Lunatic asylums United Provinces 1909-1921 - 1909-1921
Year: 1909
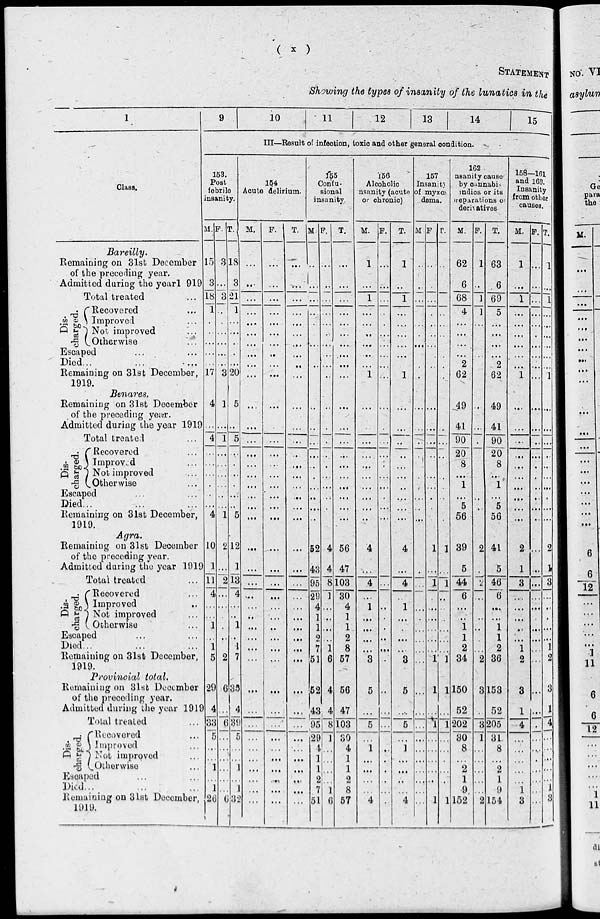
( x )
STATEMENT
Showing the types of insanity of the lunatics in the
1
Class.
Bareilly.
Remaining on 31st December
of the preceding year.
Admitted during the year l919
Total treated ...
Dis-
charged.
Recovered ...
Improved ...
Not improved ...
Otherwise ...
Escaped ... ...
Died ...
...
...
Remaining on 31st December,
1919.
Benares.
Remaining on 31st December
of the preceding year.
Admitted during the year 1919
Total treated ...
Dis-
charged.
Recovered ...
Improved ...
Not improved ...
Otherwise ...
Escaped ... ...
Died... ... ...
Remaining on 31st December,
1919.
Agra.
Remaining on 31st December
of the preceding year.
Admitted during the year 1919
Dis-
charged.
Total treated ...
Recovered ...
Improved ...
Not improved ...
Otherwise ...
Escaped ... ...
Died...
Remaining on 31st December,
1919.
Provincial total.
Remaining on 31st December
of the preceding year.
Admitted during the year 1919
Total treated ...
Dis¬
Charged.
Recovered ...
Improved ...
Not improved ...
Otherwise ...
Escaped ... ...
Died... ... ...
Remaining on 31st December,
1919.
9
10
11
12
13
14
15
III—Result of infection, toxic and other general condition.
153.
Post
febrile
insanity.
M.
15
3
18
1
...
...
...
...
...
17
4
...
4
...
...
...
...
...
...
4
10
1
11
4
...
...
1
...
1
5
29
4
33
5
...
...
1
...
1
26
F.
3
...
3
...
...
...
...
...
...
3
1
...
1
..
...
...
...
...
...
1
2
...
2
...
...
...
...
...
...
2
6
...
6
...
...
...
...
...
...
6
T.
18
3
21
1
...
...
...
...
...
20
5
...
5
...
...
...
...
...
...
5
12
1
13
4
...
..
1
...
1
7
35
4
39
5
...
...
1
...
1
32
154
Acute delirium.
M.
...
...
...
...
...
...
...
...
...
...
...
...
...
...
...
...
...
...
...
...
...
...
...
...
...
...
...
...
...
...
...
...
...
...
...
...
...
...
...
...
F.
...
...
...
...
...
...
...
...
...
...
...
...
...
...
...
...
...
...
...
...
...
...
...
...
...
...
...
...
...
...
...
...
...
...
...
...
...
...
...
...
T.
...
...
...
...
...
...
...
...
...
...
...
...
...
...
...
...
...
...
...
...
...
...
...
...
...
...
...
...
...
...
...
...
...
...
...
...
...
...
...
...
155
Confu¬
sional
insanity.
M.
...
...
...
...
...
...
...
...
...
...
...
...
...
...
...
...
...
...
...
...
52
43
95
29
4
1
1
2
7
51
52
43
95
29
...
1
1
2
7
51
F.
...
...
...
...
...
...
...
...
...
...
...
...
...
...
...
...
...
...
...
...
4
4
8
1
...
...
...
...
1
6
4
4
8
1
...
...
...
...
1
6
T.
...
...
...
...
...
...
...
...
...
...
...
...
...
...
...
...
...
...
...
...
56
47
103
30
4
1
1
2
8
57
56
47
103
30
4
1
1
2
8
57
156
Alcoholic
insanity (acute
or chronic)
M.
1
...
1
...
...
...
...
...
...
1
...
...
...
...
...
...
...
...
...
..
4
...
4
...
1
...
...
...
...
3
5
...
5
...
1
...
...
...
...
4
F
...
...
...
...
...
...
...
...
...
...
...
...
...
...
...
...
...
...
...
...
...
...
...
...
...
...
...
...
...
...
...
...
...
...
...
...
...
...
...
...
T.
1
...
1
...
...
...
...
...
...
1
...
...
...
...
...
...
...
...
...
...
4
...
4
...
1
...
...
...
...
3
5
...
5
...
1
...
...
...
...
4
157
Insaniy
of myxœ
dema.
M
...
...
...
...
...
...
...
...
...
...
...
...
...
...
...
...
...
...
...
...
...
...
...
...
...
...
...
...
...
...
...
...
...
...
...
...
...
...
...
F.
...
...
...
...
...
...
...
...
...
...
...
..
...
...
...
...
...
...
...
...
1
...
1
...
...
...
...
...
...
1
1
...
1
...
...
...
...
...
1
T.
...
...
...
...
...
...
...
...
...
...
...
...
...
...
...
...
...
...
1
...
1
...
...
...
...
...
...
1
...
...
...
...
...
...
...
...
1
162
insanity causes
by cannabis
indica or its
preparations of
dervatives.
M.
62
6
68
4
...
...
...
...
2
62
49
41
90
20
8
...
1
...
5
56
39
5
44
6
...
...
1
1
2
34
150
52
202
30
8
...
2
1
9
152
F
1
...
1
1
...
...
...
...
...
...
...
...
...
...
...
...
...
...
...
2
...
2
...
...
...
...
...
...
2
3
...
3
1
...
...
...
...
...
2
T.
63
6
69
5
...
...
...
...
2
62
49
41
90
20
8
...
1
...
5
56
41
5
46
6
...
...
1
1
2
36
153
52
205
31
8
...
2
1
9
154
158—161
and 163.
Insanity
from other
causes.
M.
1
...
1
...
...
...
...
...
...
1
...
...
...
...
...
...
...
...
...
...
2
1
3
...
...
...
...
...
1
2
3
1
4
...
...
...
...
...
1
3
F
...
...
...
...
...
...
...
...
...
...
...
...
..
...
...
...
...
...
...
...
...
...
...
...
...
...
...
...
...
...
...
...
...
...
...
...
...
...
...
...
T.
1
...
1
...
...
...
...
...
...
1
..
...
...
...
...
...
...
...
...
...
2
1
3
...
...
...
...
...
1
2
3
1
4
...
...
...
...
...
1
3